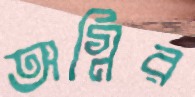
অগ্নির